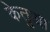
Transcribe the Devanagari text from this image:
केतुआ